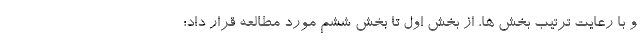
و با رعایت ترتیب بخش ها، از بخش اول تا بخش ششم مورد مطالعه قرار داد؛